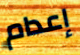
إعدام